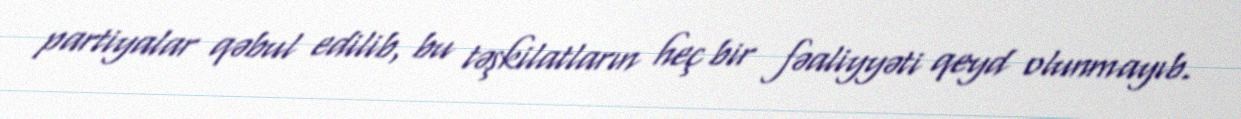
partiyalar qəbul edilib, bu təşkilatların heç bir fəaliyyəti qeyd olunmayıb.